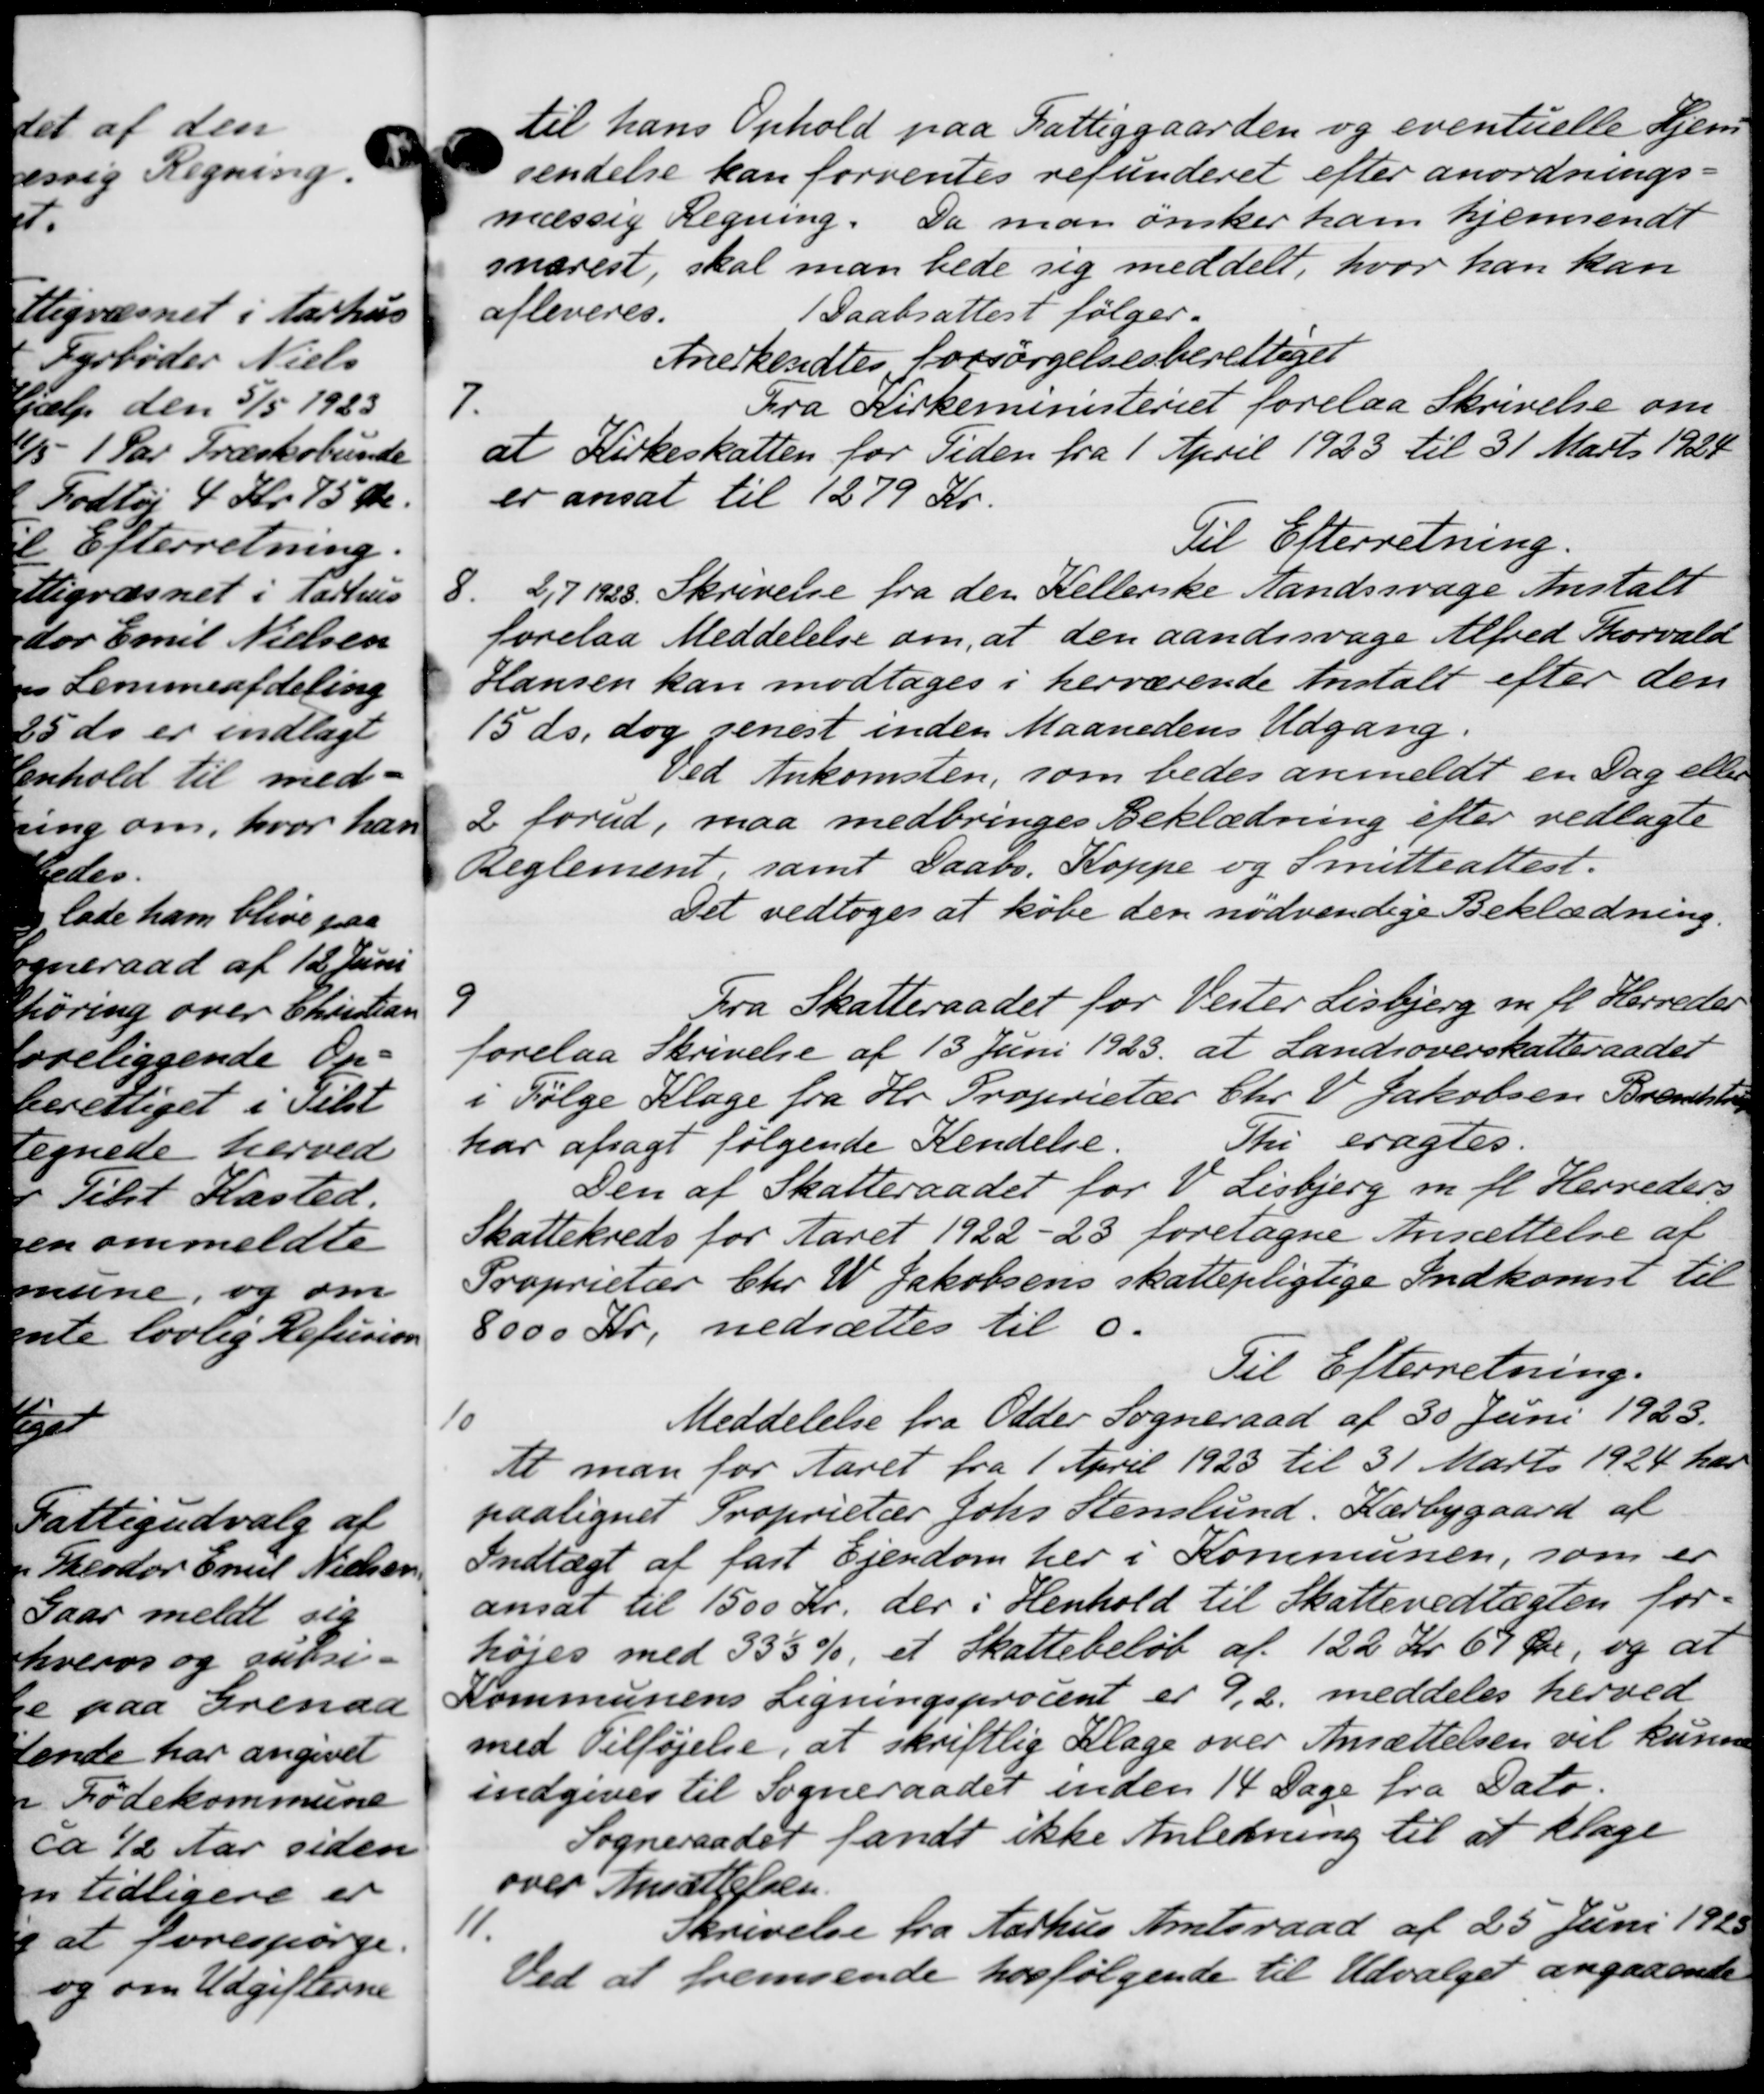
Transskription:
til hans Ophold paa Fattiggaarden og eventuelle Hjem
sendelse kan forventes refunderet efter anordnings-
mæssig Regning. Da man ønsker ham hjemsendt
snarest, skal man bede sig meddelt, hvor han kan
afleveres.
1 Daabsattest følger.
Anerkendtes forsørgelsesberettiget
7.
Fra Kirkeministeriet forelaa Skrivelse om
at Kirkeskatten for Tiden fra 1 April 1923 til 31 Marts 1928
er ansat til 1279 Kr.
Til Efterretning.
8.
2,7 1928. Skrivelse fra den Kellerske Aandssvage Anstalt
forelaa Meddelelse om, at den aandssvage Alfred Thorvald
Hansen kan modtages i herværende Anstalt efter den
15 ds. dog senest inden Maanedens Udgang.
Ved Ankomsten, som bedes anmeldt en Dag eller
2 forud, maa medbringes Beklædning efter vedlagte
Reglement, samt Daabs. Koppe og Smitteattest.
Det vedtoges at købe den nødvendige Beklædning.
9
Fra Skatteraadet for Vester Lisbjerg m. fl. Herreder
forelaa Skrivelse af 13 Juni 1923 at Landsoverskatteraadet
i Følge Klage fra Hr. Proprietær Chr. V. Jakobsen Brandstrup
har afsagt følgende Kendelse.
Thi eragtes.
Den af Skatteraadet for V. Lisbjerg m. fl. Herreders
Skattekreds for Aaret 1922 - 28 foretagne Ansættelse af
Proprietær Chr. W. Jakobsens skattepligtige Indkomst til
8000 Kr. nedsættes til 0.
Til Efterretning.
10
Meddelelse fra Odder Sogneraad af 30 Juni 1923.
At man for Aaret fra 1 April 1923 til 31 Marts 1924 har
paalignet Proprietær Johs. Stenslund. Kærbygaard af
Indtægt af fast Ejendom her i Kommunen, som er
ansat til 1500 Kr. der i Henhold til Skattevedtægten for-
højes med 335 %, et Skattebeløb af 122 Kr 67 Øre, og at
Kommunens Ligningsprocent er 9,2 meddeles herved
med Tilføjelse, at skriftlig Klage over Ansættelsen vil kunne
indgives til Sogneraadet inden 14 Dage fra Dato.
Sogneraadet fandt ikke Anledning til at klage
over Ansættelsen.
11.
Skrivelse fra Aarhus Amtsraad af 25 Juni 1920
Ved at fremsende hosfølgende til Udvalget angaaende